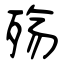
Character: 殇